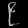
Digit: ၉